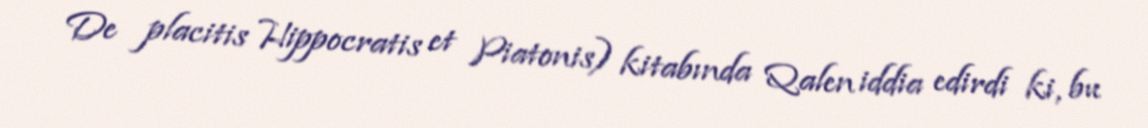
De placitis Hippocratis et Piatonis) kitabında Qalen iddia edirdi ki, bu